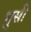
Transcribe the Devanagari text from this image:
भुसी